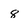
Character: 8